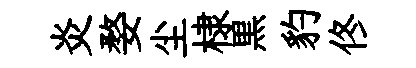
炎婺尘棣黒豹佟